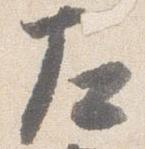
左